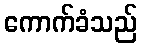
ကောက်ခံသည်